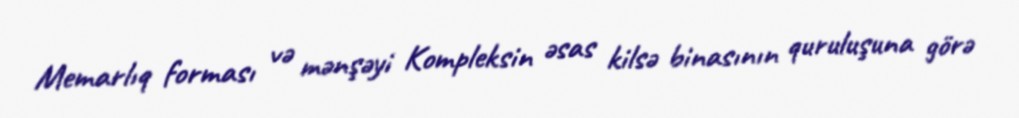
Memarlıq forması və mənşəyi Kompleksin əsas kilsə binasının quruluşuna görə